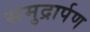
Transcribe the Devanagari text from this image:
समुद्रार्पण